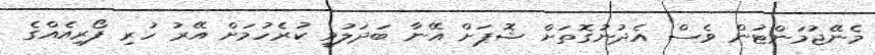
މެނޭޖުމަންޓުން ވެސް އެދުނުގޮތަށް ޝޮޕަށް އޭނާ ބަދަލުވީ ކުރެހުމަށް އޭރު ހުރި ފޯރިއެއްގެ